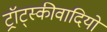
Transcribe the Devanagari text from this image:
ट्रॉट्स्कीवादियों